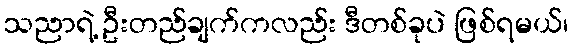
သညာရဲ့ ဦးတည်ချက်ကလည်း ဒီတစ်ခုပဲ ဖြစ်ရမယ်၊